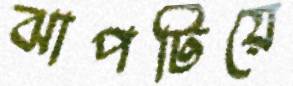
ঝাপটিয়ে